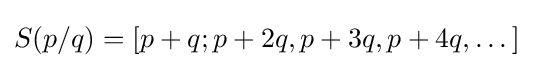
S(p/q)=[p+q;p+2q,p+3q,p+4q,\dots ]